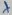
Text: +